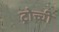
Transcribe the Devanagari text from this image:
ट्रोच्ची